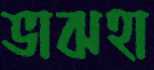
ভাঝহা